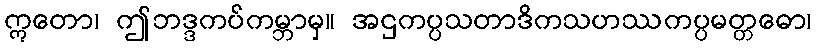
ဣတော၊ ဤဘဒ္ဒကပ်ကမ္ဘာမှ။ အဌကပ္ပသတာဒိကသဟဿကပ္ပမတ္တဓော၊